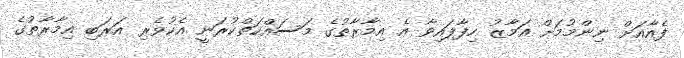
ފެއާއަށް ނިންމުމަށް އަމާޒު ހިފާފައިވާ އެ އިމާރާތުގެ މަސައްކަތްކުރަނީ އެކުވެރި އަރަބި އިމާރާތުގެ